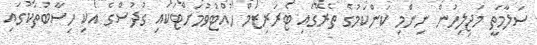
ސަލާމަތީ މަޖިލިހުން ނިންމި ކަންކަމުގެ ތެރޭގައި ޓެރަރިޒަމް ހުއްޓުވުމަށްޓަކައި ގުދުސްގެ އެކި ހިސާބުތަކުގައި